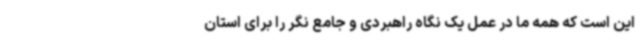
این است که همه ما در عمل یک نگاه راهبردی و جامع نگر را برای استان